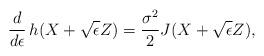
LaTeX: \begin{align*} \frac{d}{d \epsilon}\,h(X + \sqrt{\epsilon} Z) = \frac{\sigma^2}{2} J(X + \sqrt{\epsilon} Z), \end{align*}